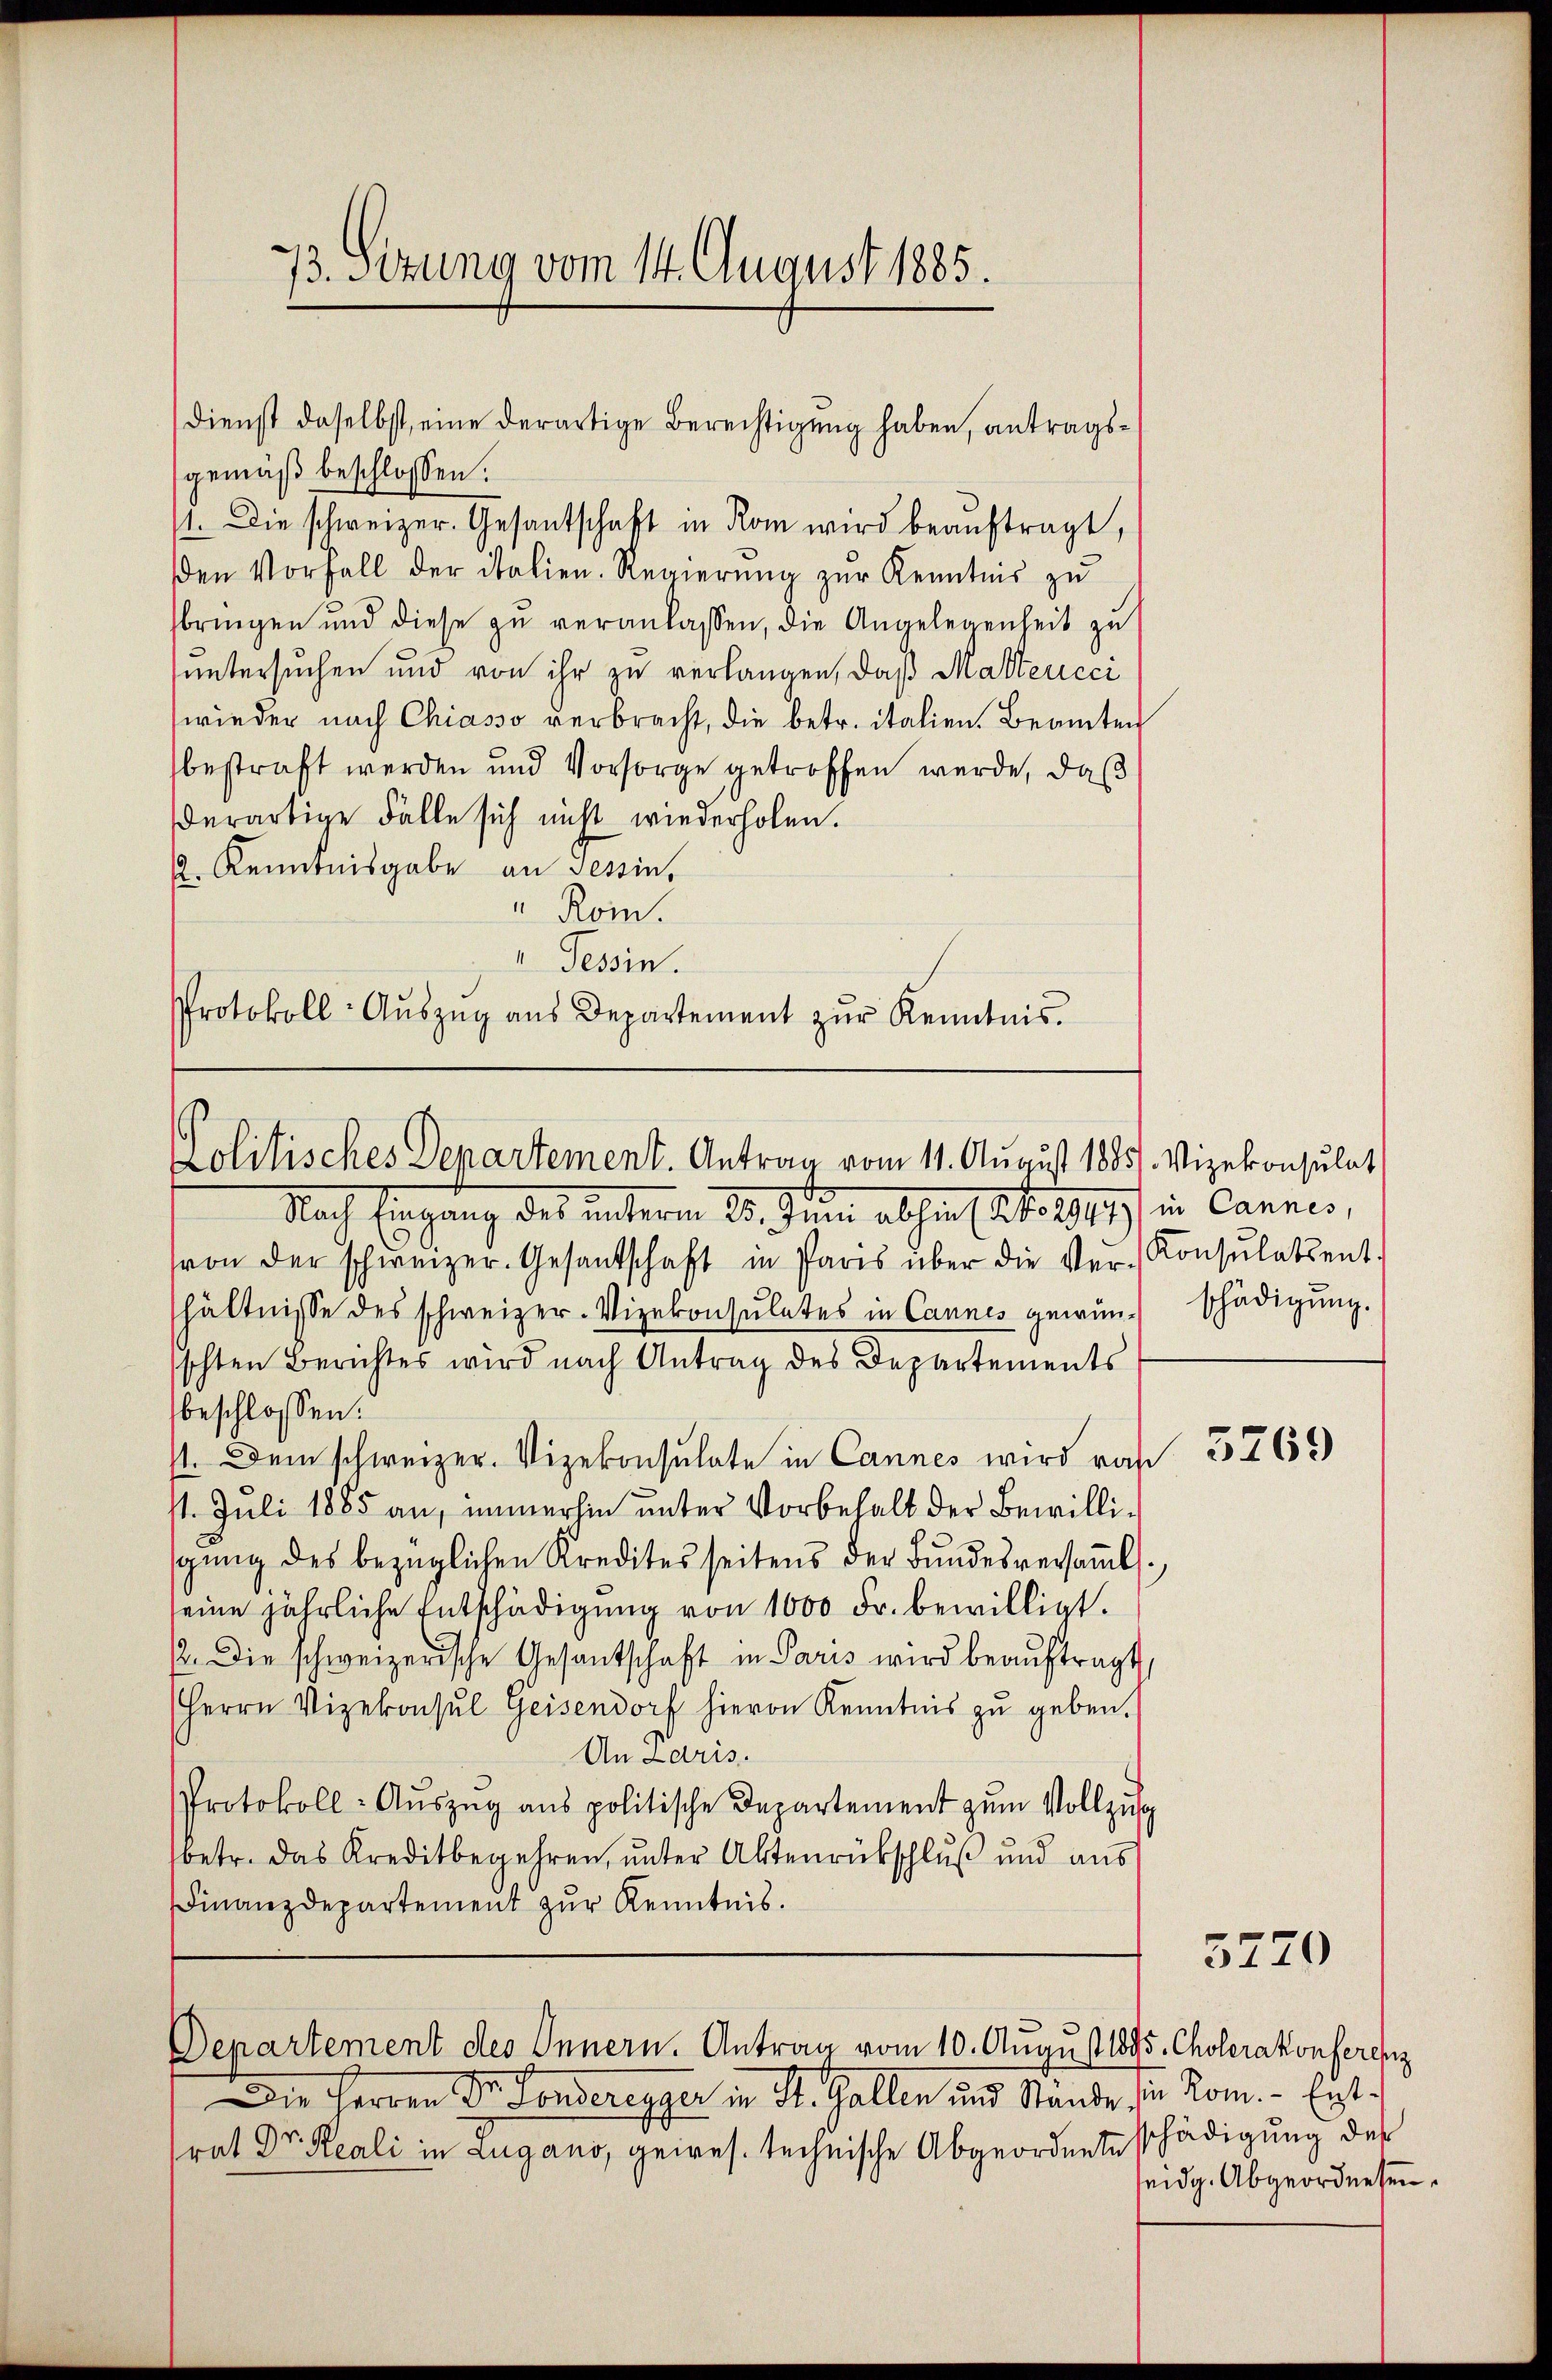
gemäß beschlossen:
1. Die schweizer. Gesantschaft in Rom wird beauftragt,
den Vorfall der italien. Regierŭng zur Kenntnis zu
bringen und diese zŭ veranlassen, die Angelegenheit zu
untersuchen und von ihr zu verlangen, daß Mattencci
wieder nach Chiasso verbracht, die betr. italien. Beamten
bestraft werden und Vorsorge getroffen werde, daß
derartige Fälle sich nicht wiederholen.
2. Kenntnisgabe an Tessin,
" Rom.
“ Tessin.
Protokoll-Auszug aus Departement zur Kenntnis.

73. Sitzung vom 14. August 1885.

Dienst daselbst, eine derartige Berechtigung haben, antrags¬

Politisches Departement. Antrag vom 11. August 1885. Vizekonsulat

Nach Eingang des unterm 25. Juni abhin (lt. 1919) in Cannes,
von der schweizer. Gesantschaft in Paris über die Ver-Konsulatsent-
hältnisse des schweizer. Vizekonsulates in Cannes gewünschten Berichtes wird nach Antrag des Departements
beschlossen:
st. Dem schweizer. Vizekonsulate in Cannes wird rah
st. Juli 1885 an, immerhin unter Vorbehalt der Bewillisgŭng des bezüglichen Kredites seitens der Bŭndesversaṁl
seine jährliche Entschädigung von 1000 Fr. bewilligt.
2. Die schweizerische Gesantschaft in Paris wird beauftragt
Herrn Vizekonsul Geisendorf hievon Kenntnis zu geben.
An Laris.
Protokoll- Auszug aus politische Departement zum Vollzug
betr. das Kreditbegehren, unter Aktenrückschluß und aus
Finanzdepartement zŭr Kenntnis.

Departement des Innern. Antrag vom 10. August 1895. Cholerakonferenz

Die Herren Dr. Sonderegger in St. Gallen und Stände si
rat Dr. Reali in Lugano, geires. technische Abgeordnete schädigung des

schädigung.

3269

5770

u Rom. - Entseidg. Abgeordneten.